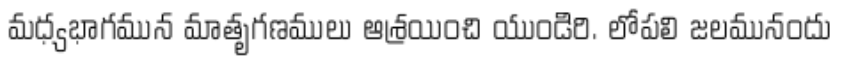
మధ్యభాగమున మాతృగణములు ఆశ్రయించి యుండిరి. లోపలి జలమునందు